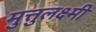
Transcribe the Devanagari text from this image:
मुत्तुलक्ष्मी